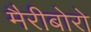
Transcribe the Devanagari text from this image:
मैरीबोरो